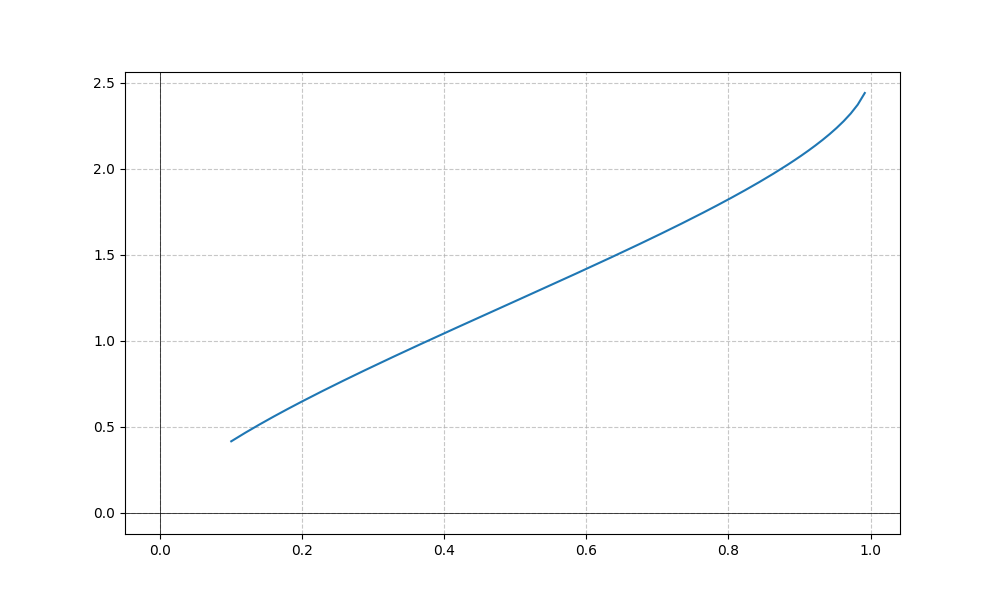
LaTeX formula: \sqrt{x} + \operatorname{asin}{\left(x \right)}